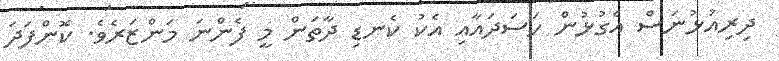
ދިރިއުޅުނަސް އެގުޅުން ހަސަދައާއި އެކު ކެނޑި ދާތަން މީ ފެންނަ މަންޒަރެވެ. ކޮންފަދަ